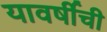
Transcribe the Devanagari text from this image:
यावर्षीची